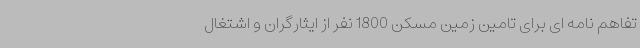
تفاهم نامه ای برای تامین زمین مسکن 1800 نفر از ایثارگران و اشتغال